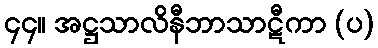
၄၄။ အဋ္ဌသာလိနီဘာသာဋီကာ (ပ)